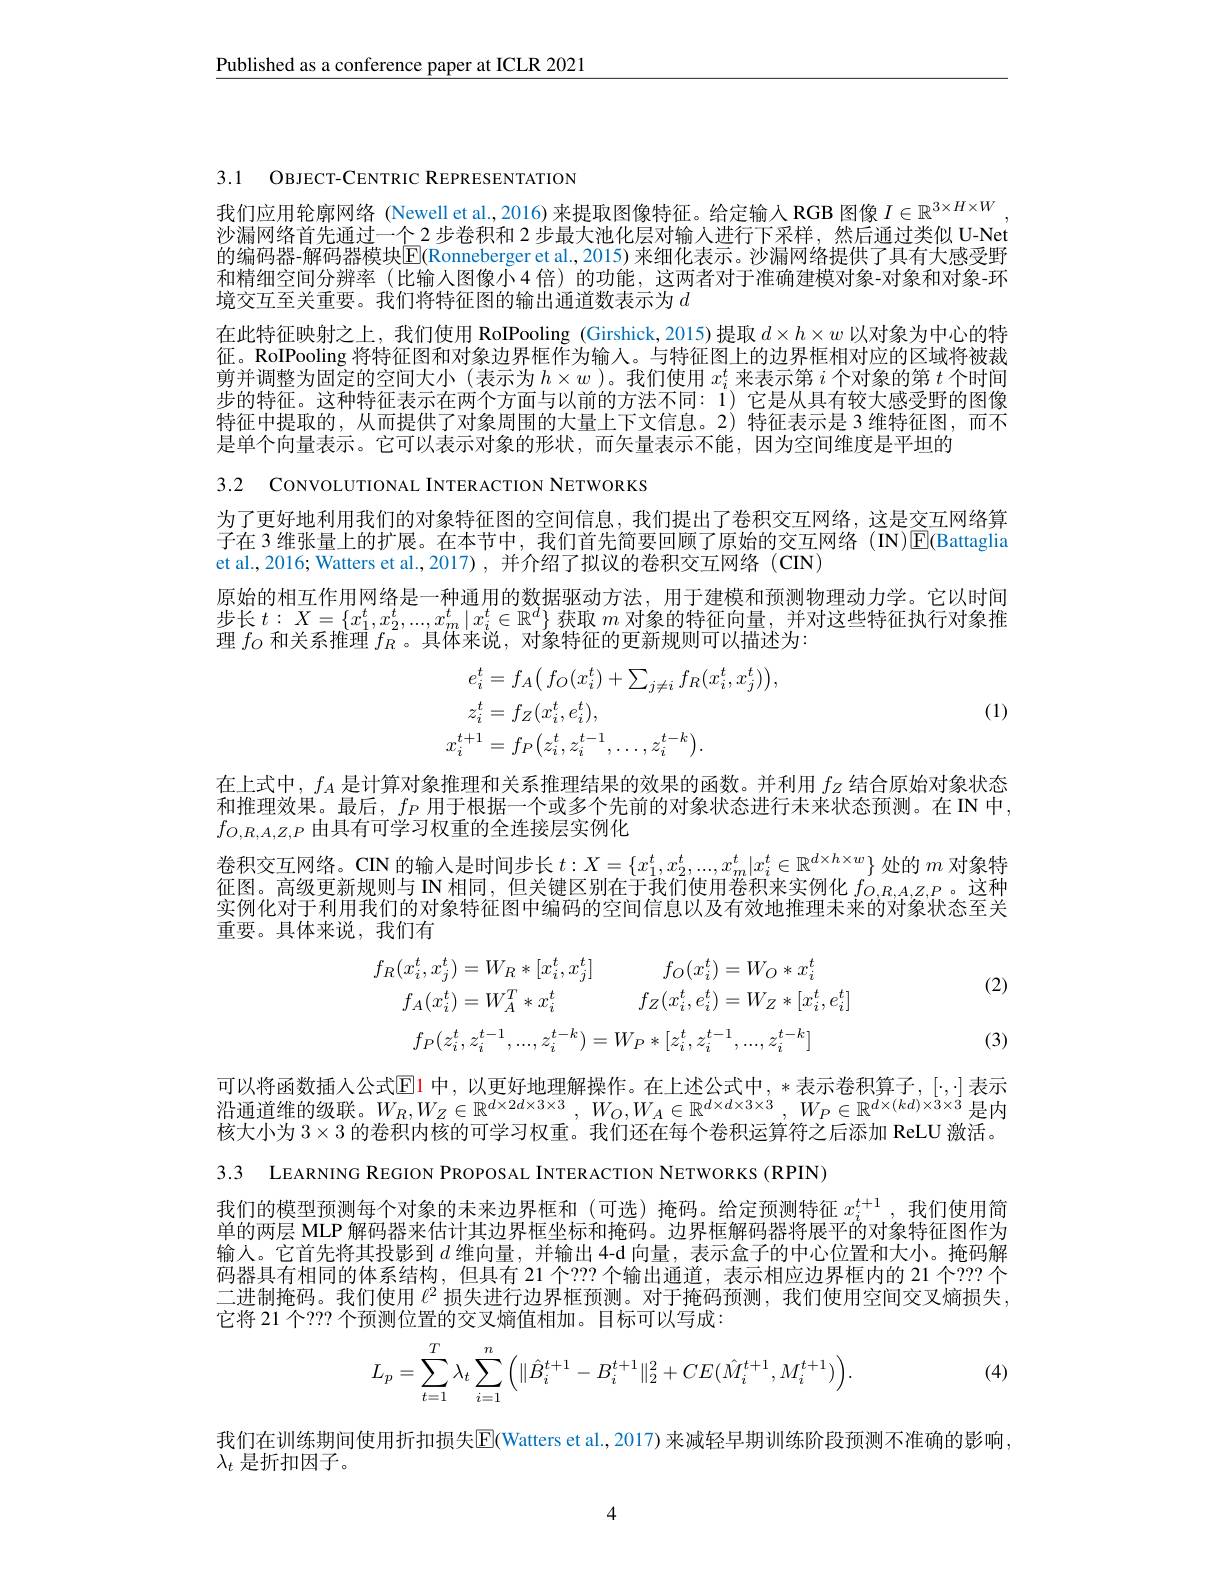
$\underline{\text{Published as a conference paper at ICLR 2021}}$

3.1 OBJECT-CENTRIC REPRESENTATION

我们应用轮廓网络 (Newell et al., 2016) 来提取图像特征。给定输入 RGB 图像$I\in\mathbb{R}^{3\times H\times W}$ 沙漏网络首先通过一个 2 步卷积和 2 步最大池化层对输入进行下采样，然后通过类似 U-Net 的编码器-解码器模块$\overline{\mathbb{E}}($Ronneberger et al., 2015) 来细化表示。沙漏网络提供了具有大感受野和精细空间分辨率 (比输入图像小 4 倍) 的功能，这两者对于准确建模对象-对象和对象-环境交互至关重要。我们将特征图的输出通道数表示为$d$
在此特征映射之上，我们使用 RoIPooling (Girshick,2015)提取$d\times h\times w$以对象为中心的特征。RoIPooling 将特征图和对象边界框作为输入。与特征图上的边界框相对应的区域将被裁剪并调整为固定的空间大小(表示为$h\times w$ )。我们使用$x_i^t$来表示第$i$个对象的第$t$个时间步的特征。这种特征表示在两个方面与以前的方法不同：$i$) 它是从具有较大感受野的图像特征中提取的，从而提供了对象周围的大量上下文信息。2)特征表示是 3 维特征图，而不是单个向量表示。它可以表示对象的形状，而矢量表示不能，因为空间维度是平坦的

3.2 CONVOLUTIONAL INTERACTION NETWORKS

为了更好地利用我们的对象特征图的空间信息，我们提出了卷积交互网络，这是交互网络算子在 3 维张量上的扩展。在本节中，我们首先简要回顾了原始的交互网络(IN)$\overline{\mathbb{E}}$(Battaglia et al., 2016; Watters et al., 2017), 并介绍了拟议的卷积交互网络 (CIN)
原始的相互作用网络是一种通用的数据驱动方法，用于建模和预测物理动力学。它以时间步长$t:X=\{x_1^t,x_2^t,...,x_m^t\mid x_i^t\in\mathbb{R}^d\}$获取$m$对象的特征向量，并对这些特征执行对象推理$f_{O}$和关系推理$f_R$。具体来说，对象特征的更新规则可以描述为：
$$\begin{aligned}e_{i}^{t}&=f_{A}\big(f_{O}(x_{i}^{t})+\sum_{j\neq i}f_{R}(x_{i}^{t},x_{j}^{t})\big),\\z_{i}^{t}&=f_{Z}(x_{i}^{t},e_{i}^{t}),\\x_{i}^{t+1}&=f_{P}\big(z_{i}^{t},z_{i}^{t-1},\ldots,z_{i}^{t-k}\big).\end{aligned}$$
(1)

在上式中，$f_A$是计算对象推理和关系推理结果的效果的函数。并利用$f_Z$结合原始对象状态和推理效果。最后，$f_P$用于根据一个或多个先前的对象状态进行未来状态预测。在 IN 中， $f_{O,R,A,Z,P}$由具有可学习权重的全连接层实例化

卷积交互网络。CIN 的输入是时间步长$t:X=\{x_1^t,x_2^t,...,x_m^t|x_i^t\in\mathbb{R}^{d\times h\times w}\}$处的$m$对象特征图。高级更新规则与 IN 相同，但关键区别在于我们使用卷积来实例化$f_{O,R,A,Z,P}$ 。这种实例化对于利用我们的对象特征图中编码的空间信息以及有效地推理未来的对象状态至关重要。具体来说，我们有

(2)
$$f_{R}(x_{i}^{t},x_{j}^{t})=W_{R}*[x_{i}^{t},x_{j}^{t}]f_{O}(x_{i}^{t})=W_{O}*x_{i}^{t}\\f_{A}(x_{i}^{t})=W_{A}^{T}*x_{i}^{t}f_{Z}(x_{i}^{t},e_{i}^{t})=W_{Z}*[x_{i}^{t},e_{i}^{t}]\\f_{P}(z_{i}^{t},z_{i}^{t-1},...,z_{i}^{t-k})=W_{P}*[z_{i}^{t},z_{i}^{t-1},...,z_{i}^{t-k}]$$
(3)

可以将函数插人公式$\overline{\mathrm{E}}$1 中，以更好地理解操作。在上述公式中，*表示卷积算子，$[\cdot,\cdot]$表示沿通道维的级联。$W_R,W_Z\in\mathbb{R}^{d\times2d\times3\times3},W_O,W_A\in\mathbb{R}^{d\times d\times3\times3},W_P\in\mathbb{R}^{d\times(kd)\times3\times3}$是内核大小为$3\times3$的卷积内核的可学习权重。我们还在每个卷积运算符之后添加 ReLU 激活。

3.3 LEARNING REGION PROPOSAL INTERACTION NETWORKS (RPIN)

我们的模型预测每个对象的未来边界框和 (可选)掩码。给定预测特征$x_i^{t+1}$,我们使用简单的两层 MLP 解码器来估计其边界框坐标和掩码。边界框解码器将展平的对象特征图作为输人。它首先将其投影到$d$维向量，并输出 4-d 向量，表示盒子的中心位置和大小。掩码解码器具有相同的体系结构，但具有 21 个？?? 个输出通道，表示相应边界框内的 21 个？?? 个二进制掩码。我们使用$\ell^2$损失进行边界框预测。对于掩码预测，我们使用空间交叉熵损失它将 21 个？?? 个预测位置的交叉熵值相加。目标可以写成：
$$L_p=\sum\limits_{t=1}^T\lambda_t\sum\limits_{i=1}^n\Big(\|\hat B_i^{t+1}-B_i^{t+1}\|_2^2+CE(\hat M_i^{t+1},M_i^{t+1})\Big).$$
(4)

我们在训练期间使用折扣损失$\overline{\mathrm{E}}($Watters et al., 2017) 来减轻早期训练阶段预测不准确的影响，
$\lambda_t$是折扣因子。

4